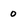
Character: o